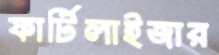
ফার্টিলাইজার